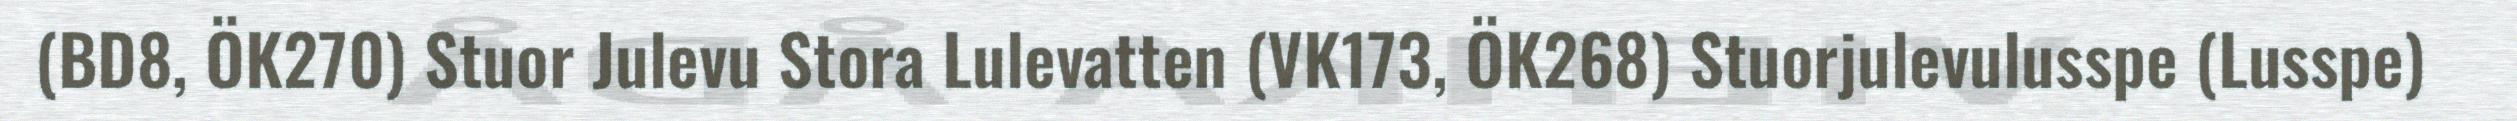
(BD8, ÖK270) Stuor Julevu Stora Lulevatten (VK173, ÖK268) Stuorjulevulusspe (Lusspe)